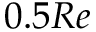
0 . 5 R e